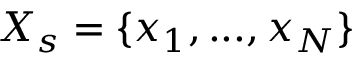
X _ { s } = \{ x _ { 1 } , . . . , x _ { N } \}